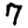
Digit: 7